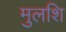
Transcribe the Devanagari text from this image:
मुलशि